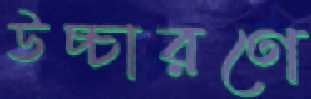
উচ্চারণে